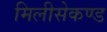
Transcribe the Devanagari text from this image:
मिलीसेकण्ड